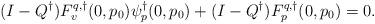
LaTeX: \begin{align*}(I-Q^\dagger)F^{q,\dagger}_v(0,p_0)\psi^\dagger_p(0,p_0) + (I-Q^\dagger)F^{q,\dagger}_p(0,p_0) = 0.\end{align*}